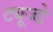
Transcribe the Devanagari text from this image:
ट्यूज्डे